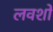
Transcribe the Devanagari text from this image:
लवशो